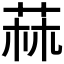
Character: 𦱍